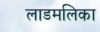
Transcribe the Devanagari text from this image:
लाडमलिका